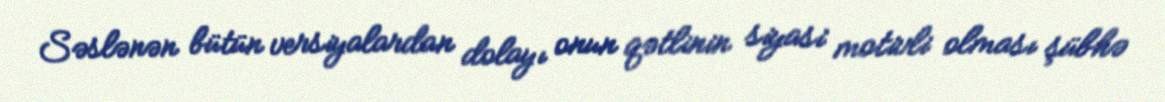
Səslənən bütün versiyalardan dolayı onun qətlinin siyasi motivli olması şübhə